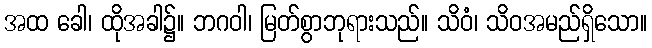
အထ ခေါ၊ ထိုအခါ၌။ ဘဂဝါ၊ မြတ်စွာဘုရားသည်။ သိဝံ၊ သိဝအမည်ရှိသော။